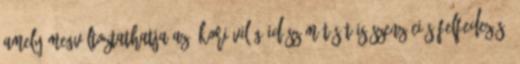
amely megváltoztathatja az ókori világ időszámítását is Szenzációs felfedezés,